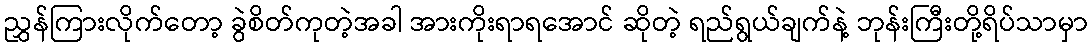
ညွှန်ကြားလိုက်တော့ ခွဲစိတ်ကုတဲ့အခါ အားကိုးရာရအောင် ဆိုတဲ့ ရည်ရွယ်ချက်နဲ့ ဘုန်းကြီးတို့ရိပ်သာမှာ